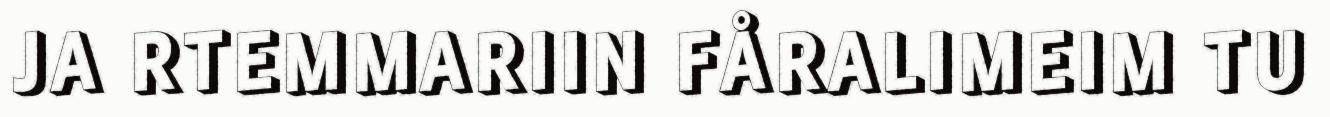
JA RTEMMARIIN FÅRALIMEIM TU